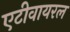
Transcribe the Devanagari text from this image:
एटीवायरल